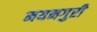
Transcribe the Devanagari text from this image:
मयनगुरी